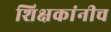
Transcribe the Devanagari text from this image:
शिक्षकांनीच